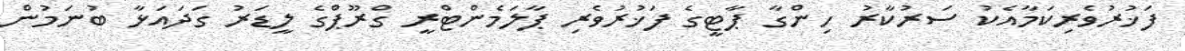
ފަޚުރުވެރިކަމާއެކު ސަރުކާރު ހިންގާ ޕާޓީގެ ފަޚުރުވެރި ޕާލަމެންޓްރީ ގްރޫޕްގެ ލީޑަރު ގަދައަޅާ ބުނަމުން